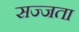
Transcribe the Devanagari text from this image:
सज्जता